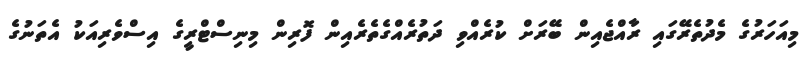
މިއަހަރުގެ މެދުތެރޭގައި ރާއްޖެއިން ބޭރަށް ކުރެއްވި ދަތުރެއްގެތެރެއިން ފޮރިން މިނިސްޓްރީގެ އިސްވެރިއަކު އެތަނުގެ